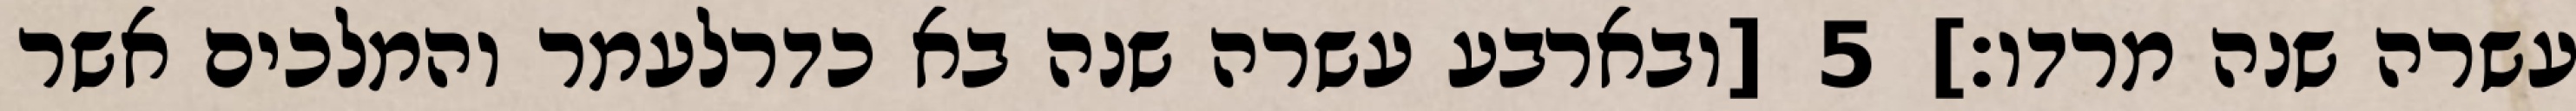
עשרה שנה מרדו׃] ‎5‏ [ובארבע עשרה שנה בא כדרלעמר והמלכים אשר